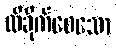
ထိခိုက်စေသော